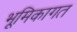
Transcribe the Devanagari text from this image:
भूमिकागत